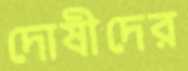
দোষীদের